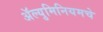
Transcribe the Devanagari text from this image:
अॅल्युमिनियमचे